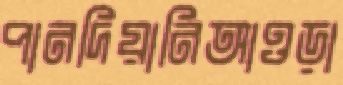
পানদিয়ানিআওড়া